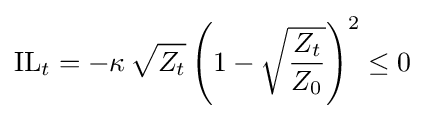
{\text{IL}}_{t}=-\kappa \,{\sqrt {Z_{t}}}\left(1-{\sqrt {\frac {Z_{t}}{Z_{0}}}}\right)^{2}\leq 0